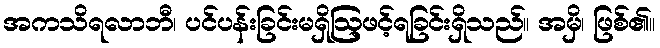
အကသိရလာဘီ၊ ပင်ပန်းခြင်းမရှိဩ့ဖင့်ရခြင်းရှိသည်။ အမှိ၊ ဖြစ်၏။